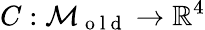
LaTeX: C:\mathcal{M}_{\mathrm{~o~l~d~}}\to\mathbb{R}^{4}